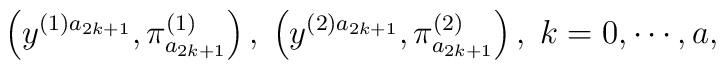
\left( y^{(1)a_{2k+1}},\pi _{a_{2k+1}}^{(1)}\right) ,\;\left(y^{(2)a_{2k+1}},\pi _{a_{2k+1}}^{(2)}\right) ,\;k=0,\cdots ,a,